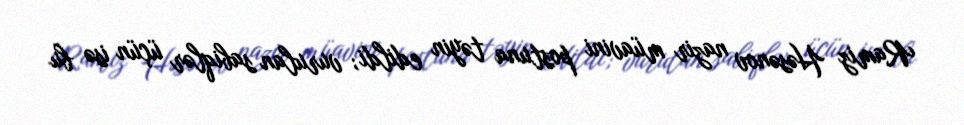
Ramiz Həsənov nazir müavini postuna təyin edildi; vurulan sabiqlər üçün isə bu